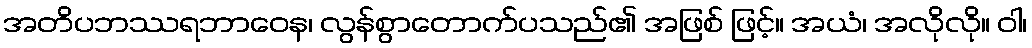
အတိပဘဿရဘာဝေန၊ လွန်စွာတောက်ပသည်၏ အဖြစ် ဖြင့်။ အယံ၊ အလိုလို။ ဝါ၊